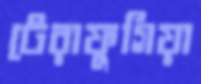
টেরাফুগিয়া